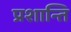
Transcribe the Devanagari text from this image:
प्रशान्ति